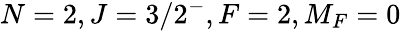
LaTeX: N=2,J=3/2^{-},F=2,M_{F}=0